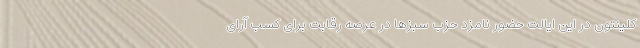
کلینتون در این ایالت حضور نامزد حزب سبزها در عرصه رقابت برای کسب آرای